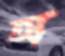
অ